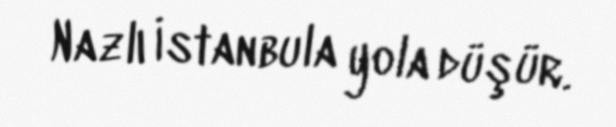
Nazlı İstanbula yola düşür.